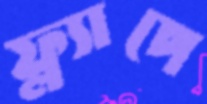
ফ্ল্যাপে